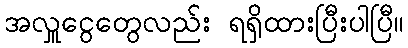
အလှူငွေတွေလည်း ရရှိထားပြီးပါပြီ။